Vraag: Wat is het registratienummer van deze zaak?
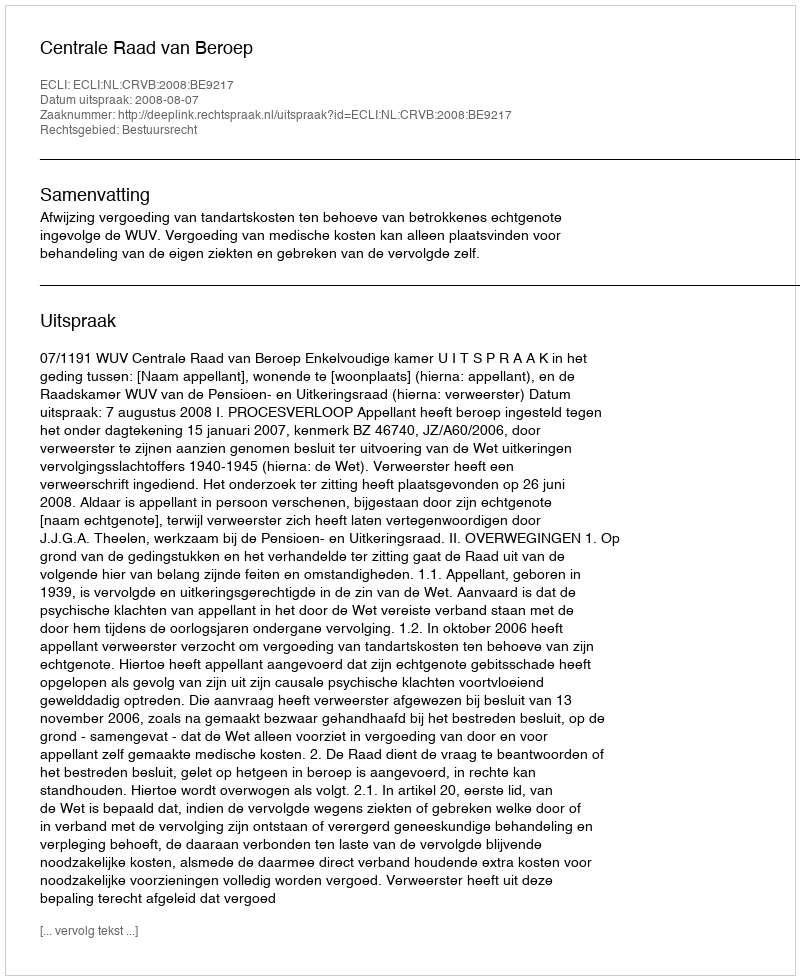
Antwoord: http://deeplink.rechtspraak.nl/uitspraak?id=ECLI:NL:CRVB:2008:BE9217